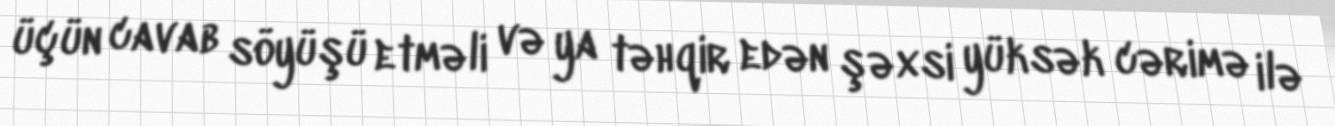
üçün cavab söyüşü etməli və ya təhqir edən şəxsi yüksək cərimə ilə